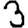
Digit: 3